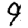
Digit: 9